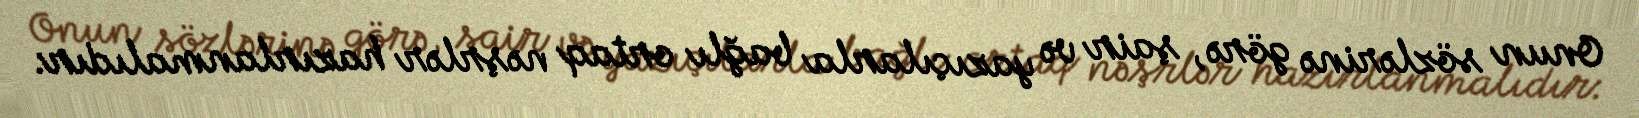
Onun sözlərinə görə, şair və yazıçılarla bağlı ortaq nəşrlər hazırlanmalıdır: